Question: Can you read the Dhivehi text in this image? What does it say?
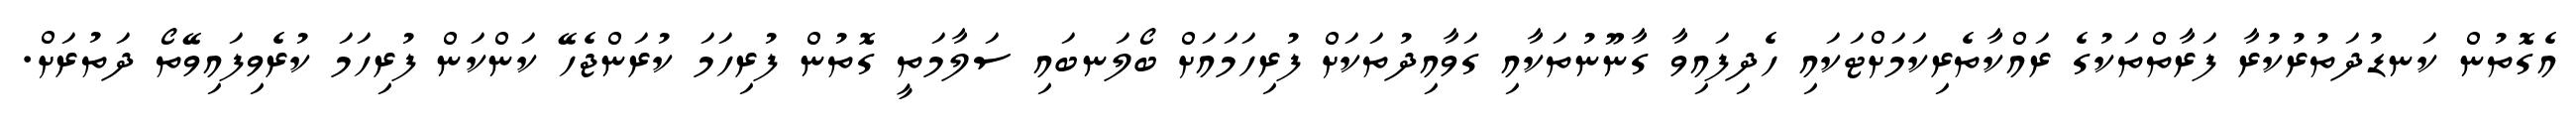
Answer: އެގޮތުން ކަނޑުދަތުރުކުރާ ފަރާތްތަކުގެ ރައްކާތެރިކަމަށްޓަކައި ހެދިފައިވާ ގާނޫނުތަކާއި ގަވާއިދުތަކަށް ފުރިހަމައަށް ބޯލަނބައި ސަލާމަތީ ގޮތުން ފުރިހަމަ ކުރަންޖެހޭ ކަންކަން ފުރިހަމަ ކުރެވިފައިވޭތޯ ދަތުރަށް.